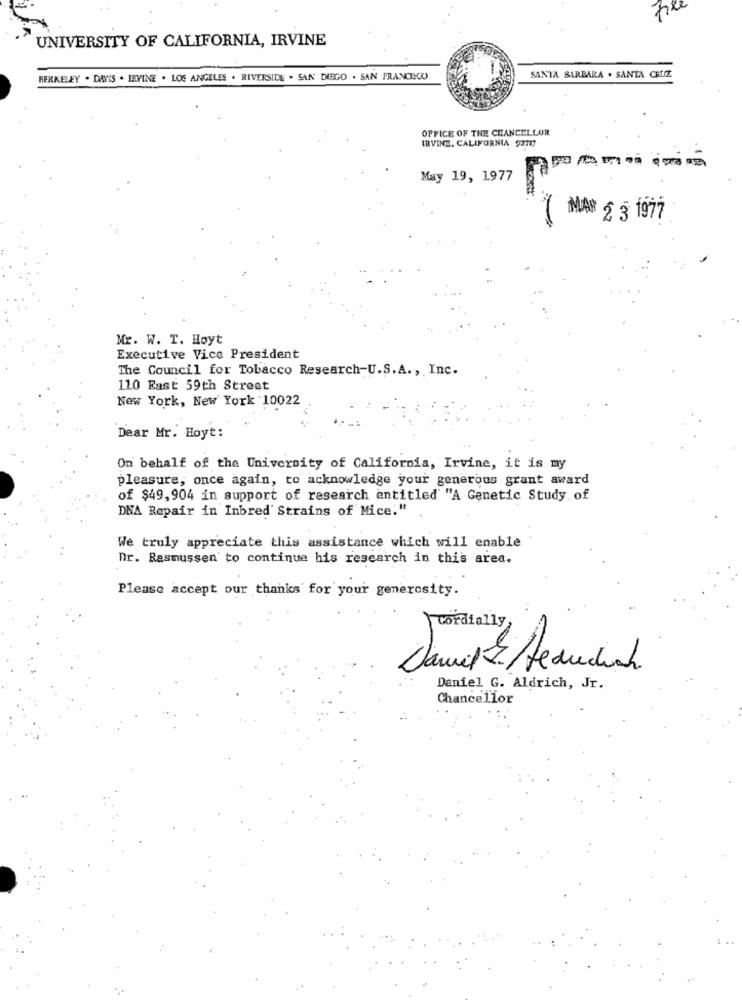
UNIVERSITY OF CALIFORNIA, IRVINE
SANTA BARBARA . SANTA CRUZ
BERKELEY . DAVIS . IEVINE . LOS ANGELES . RIVERSIDE . SAN DIEGO . SAN FRANCISOU
OFFICE OF THE CHANCELLOR
IRVINE, CALIFORNIA 92717
May 19, 1977
MAI 2 3 1977
Mr. W. T. Hoyt
Executive Vice President
The Council for Tobacco Research-U.S.A ., Inc.
110 East 59th Street
New York, New York 10022
Dear Mr. Hoyt:
On behalf of the University of California, Irvine, it is my
pleasure, once again, to acknowledge your generous grant award
of $49, 904 in support of research entitled' "A Genetic Study of
DNA Repair in Inbred' Strains of Mice:"
We truly appreciate this assistance which will enable
Dr. Rasmussen to continue his research in this area.
Please accept our thanks for your generosity.
cordially,
Daniel G. Aldrich, Jr.
Chancellor